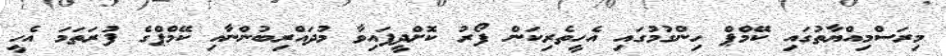
މިރަސްމިއްޔާތުގައި ކޭމްޕް ހިންގުމުގައި އެހީތެރިކަން ފޯރު ކޮށްދީފައިވާ މުދައްރިބުންނާއި ކޭމްޕްގެ ފުރަތަމަ އެހީ